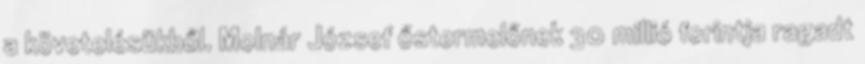
a követelésükből. Molnár József őstermelőnek 30 millió forintja ragadt